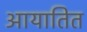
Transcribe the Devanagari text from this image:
आयातित